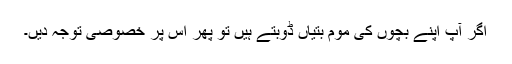
اگر آپ اپنے بچوں کی موم بتیاں ڈوبتے ہیں تو پھر اس پر خصوصی توجہ دیں۔